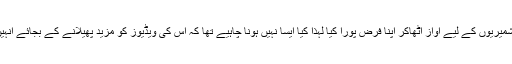
رابی پیرزادہ اس قوم کی بیٹی ہے جس نے کشمیریوں کے لیے آواز اٹھاکر اپنا فرض پورا کیا لہٰذا کیا ایسا نہیں ہونا چاہیے تھا کہ اس کی ویڈیوز کو مزید پھیلانے کے بجائے انہیں ڈیلیٹ کردیا جاتا اور آگے نہیں بڑھایا جاتا۔